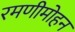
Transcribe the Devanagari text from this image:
रमणीमोहन